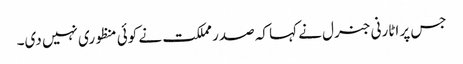
جس پر اٹارنی جنرل نے کہا کہ صدر مملکت نے کوئی منظوری نہیں دی۔